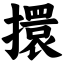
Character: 擐